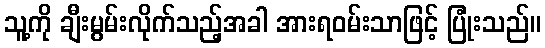
သူ့ကို ချီးမွမ်းလိုက်သည့်အခါ အားရဝမ်းသာဖြင့် ပြုံးသည်။